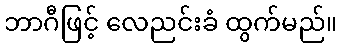
ဘာဂီဖြင့် လေညင်းခံ ထွက်မည်။